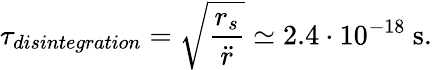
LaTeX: \tau_{disintegration}=\sqrt{\frac{r_{s}}{\ddot{r}}}\simeq 2.4\cdot 10^{-18}~\mathrm{s}.